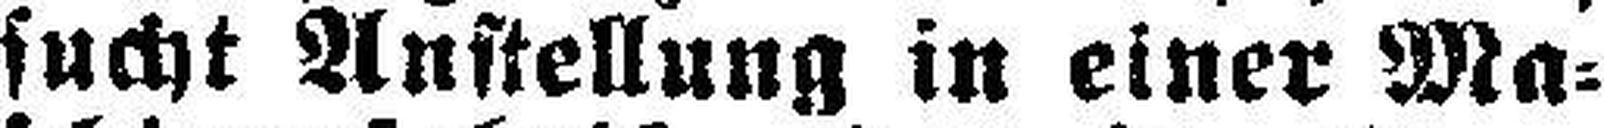
sucht Anstellung in einer Ma¬